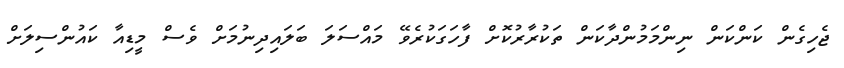
ޖެހިގެން ކަންކަން ނިންމަމުންދާކަން ތަކުރާރުކޮށް ފާހަގަކުރެވޭ މައްސަލަ ބަލައިދިނުމަށް ވެސް މީޑިއާ ކައުންސިލަށް